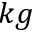
k g